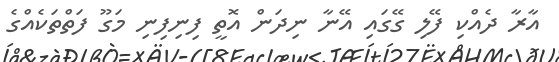
އާރާ ދެއްކި ފޭލި ގޭގައި އޭނާ ނިދަން އޮތީ ފިނިފިނި މަގޫ ފަތްތަކެއްގެ